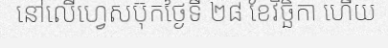
នៅលើហ្វេសប៊ុកថ្ងៃទី ២៨ ខែវិច្ឆិកា ហើយ